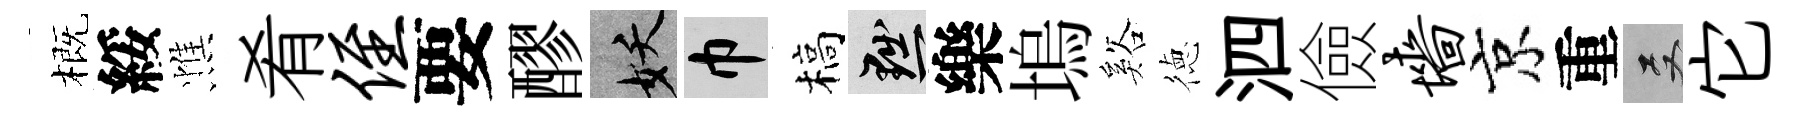
概綏憔肴侄要醪妖巾槁黜樂塢谿徳泗儉墙京重双它